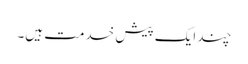
چند ایک پیش خدمت ہیں۔